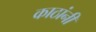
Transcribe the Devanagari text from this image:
काठांनी